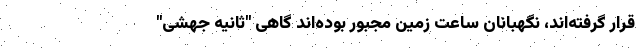
قرار گرفته‌اند، نگهبانان ساعت زمین مجبور بوده‌اند گاهی "ثانیه جهشی"